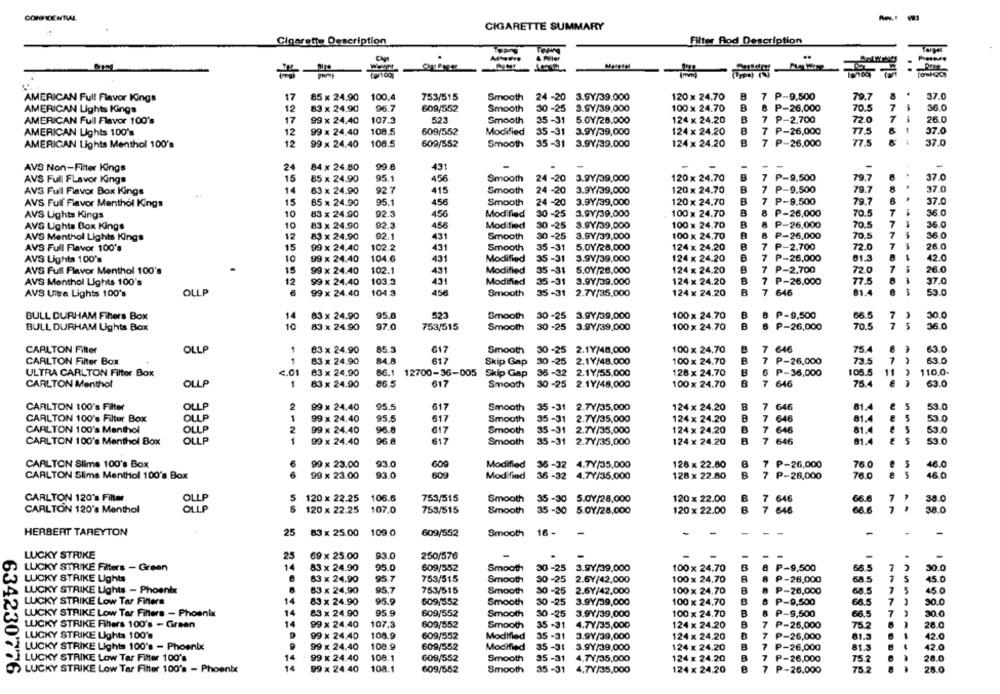
CONFIDENTIAL
CIGARETTE SUMMARY
Cigarette Description
Filter Rod Description
TEPIA
Toping
17
85 x 24,90
100,4
753/515
Smooth 24 -20 3.9Y/39.000
120 × 24.70
B
7 P-9,500
79.7
37.0
AMERICAN Full Flavor Kings
AMERICAN Lights Kings
12
83 x 24,90
96.7
609/552
Smooth
30-25 3.9Y/39,000
100 x 24.70
B
8 P-26,000
70.5
7
36.0
B
7
AMERICAN Full Flavor 100's
17
99 x 24.40
107.3
523
Smooth
35 -31 5.0Y/28.000
124 x 24.20
7 P-2,700
72 0
26.0
AMERICAN Lights 100's
12
99 x 24.40
108.5
609/552
Modified
35 -31 3.97/39,000
124 x 24.20
8
7 P-26,000
77.5
37.0
AMERICAN Lights Menthol 100's
12
99 x 24.40
108.5
609/552
Smooth
35-31 3.97/39.000
124 x 24.20
7 P-26,000
77.5
37.0
24
84 x 24.80
99.6
43
AVS Non-Filter Kings
AVS Full Flavor Kings
15
85 x 24.90
95.1
456
Smooth
24 -20
3.9Y/39,000
120 x 24.70
7 P-9,500
79.7
37.0
B
7 P-9.500
37.0
AVS Ful Flavor Box Kings
14
63 x 24.90
92.7
415
Smooth
24 -20
3.9Y/39,000
120 x 24.70
79.7
15
95.1
Smooth
3.9Y/39,000
120 x 24.70
B
7 P-9,500
79.7
37.0
AVS Full Flavor Menthol Kings
85 x 24.90
456
24 -20
AVS Lights Kings
10
83 x 24.90
92.3
456
Modified
30 -25
3.97/39.000
100 x 24.70
B
8
P-26,000
70.5
7
36.0
AVS Ughts Box Kings
10
83 x 24,90
92.3
456
Modified
30 -25
3.9Y/39,000
100 x 24.70
P-26,000
70.5
7
36.0
12
83 x 24.90
92.1
431
Smooth
30 -25
3.97/39,000
100 x 24.70
B
P-26,000
70.5
7
36.0
AVS Menthol Lights Kings
AVS Full Flavor 100's
15
99 x 24.40
102.2
431
Smooth
35 -31
5.0Y/28,000
124 x 24.20
P-2.700
72.0
7
--
26.0
10
104.6
431
Modified
124 x 24.20
7 P-26,000
01.3
8
42.0
AVS Lights 100's
99 x 24.40
35 -31 3.9Y/39,000
AVS Full Flavor Menthol 100's
15
99 x 24.40
102.1
431
Modified
35-31 5.07/28,000
124 x 24.20
7 P-2.700
72.0
7
26.0
AVS Menthol Lights 100's
12
99 x 24.40
103.3
431
Modified
35 -31 3.97/39.000
124 x 24.20
7 P-26,000
77.5
37.0
OLLP
99 x 24.40
104.3
456
Smooth
124 x 24.20
B
7 646
81.4
53.0
AVS Ultra Lights 100's
35-31 2.77/35,000
BULL DURHAM Fibers Box
14
83 x 24.90
95.8
523
Smooth
30 -25 3.9Y/39,000
100 x 24.70
8 P-9,500
66.5
7
30.0
10
83 x 24.90
97.0
753/515
Smooth
100 x 24.70
B
8 P-26,000
7
5
36.0
BULL DURHAM Lights Box
30 -25 3.9Y/39,000
70.5
63.0
CARLTON Filter
OLLP
83 × 24.90
85 3
617
Smooth
30 -25
2.1Y/48,000
100 x 24.70
7 646
75.4
€
CARLTON Filter Box
1
83 x 24.90
84.8
617
Skip Gap
30 -25
2.1Y/48.000
100 x 24.70
7 P-26,000
73.5
7
-
63.0
ULTRA CARLTON Filter Box
<. 01
83 x 24.90
86.1 12700-36-005
Skip Gap
36-32
2.1Y/55,000
128 x 24.70
B
6 P-36,000
105.5
11
110.0.
B
CARLTON Menthol
OLLP
1
83 x 24.90
86.5
617
Smooth
30-25 2.1Y/48,000
100 x 24.70
7 646
75.4
63.0
CARLTON 100's Filter
OLLP
2
99 x 24.40
95.5
617
Smooth
35 -31 2.7Y/35.000
124 x 24.20
8
7 646
81.4
53.0
OLLP
1
617
B
81.4
5
CARLTON 100's Filter Box
99 x 24.40
95.5
Smooth
35-31 2.7Y/35,000
124 x 24.20
7 646
53.0
CARLTON 100's Menthol
OLLP
2
99 x 24.40
96.8
€17
Smooth
35-31 2.7Y/35,000
124 x 24.20
B
7 646
81.4
e
5
53.0
CARLTON 100's Menthol Box
OLLP
1
99 x 24.40
96 8
617
Smooth
35-31 2.7Y/35,000
124 x 24.20
7 646
81.4
53 0
CARLTON Slime 100's Box
99 x 23.00
93.0
Modified
36-32 4.7Y/35,000
128 x 22.80
8
7 P-26,000
76.0
46.0
CARLTON Slims Menthol 100's Box
99 x 23.00
93.0
609
Modified
36-32 4.7Y/35.000
128 x 22.80
8
7 P-26,000
76.0
46.0
CARLTON 120's Filter
OLLP
5
120 x 22.25
106.6
753/515
Smooth
35 -30 5.0Y/28,000
120 x 22.00
B
7 646
66.6
7
30.0
CARLTON 120's Menthol
OLLP
5
120 x 22.25
107.0
753/515
Smooth
35 -30 5.0Y/28,000
120 x 22.00
B
7 646
66.6
38.0
HERBERT TAREYTON
25
83 x 25.00
109.0
609/552
Smooth
16 -
-
--
LUCKY STRIKE
25
250/576
-
-
69 x 25.00
93.0
LUCKY STRIKE Filters - Green
14
83 x 24.90
95.0
609/552
Smooth
30-25
3.9Y/39,000
100 x 24.70
B
8 P-9,500
68.5
7
30.0
LUCKY STRIKE Ughts
83 x 24.90
95.7
753/515
Smooth
SO -25 2.6Y/42,000
100 x 24.70
P-26,000
68.5
7
S
45.0
LUCKY STRIKE Lights - Phoenix
63 x 24,90
95.7
753/515
30 -25
100 x 24.70
B
8 P-26,000
68.5
7
45.0
Smooth
2.6Y/42,000
LUCKY STRIKE Low Tar Filters
14
83 x 24.90
95.9
609/552
Smooth
30-25
3.9Y/39,000
100 x 24.70
P-9,500
66.5
7
-
30.0
B
LUCKY STRIKE Low Tar Filters - Phoenix
83 x 24.90
95.9
609/552
Smooth
30 -25
3.97/39,000
100 x 24.70
8 P-9,500
66.5
7
30.0
LUCKY STRIKE Filters 100's - Green
99 x 24.40
107.3
609/552
Smooth
35 -31
4.77/35,000
124 x 24.20
B
7 ₱-26,000
752
28.0
LUCKY STRIKE Lights 100's
99 x 24.40
108.9
609/552
Modified
35 -31
3.9Y/39,000
124 x 24.20
7 ₱-26,000
81.5
42.0
LUCKY STRIKE Lights 100's - Phoenix
99 x 24.40
108.9
609/552
Modified
124 x 24.20
B
7 P-26,000
81.9
42.0
35 -31 3.99/39,000
LUCKY STRIKE Low Tar Filter 100's
99 x 24.40
108.1
609/552
Smooth
35 -31 4.77/35,000
124 x 24.20
B
7 P-26,000
75.2
--
28.0
634230776
LUCKY STRIKE Low Tar Filter 100's - Phoenix
99 x 24.40
108.1
609/552
Smooth
35-31
4.77/35,000
124 x 24,20
7 P-26,000
75.2
28.0